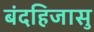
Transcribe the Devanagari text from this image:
बंदहिजासु